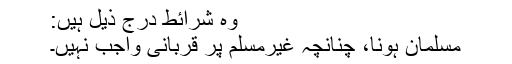
وہ شرائط درج ذیل ہیں:
مسلمان ہونا، چنانچہ غیرمسلم پر قربانی واجب نہیں۔